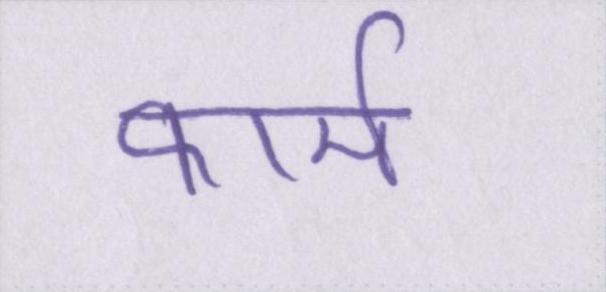
फार्म